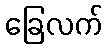
ခြေလက်